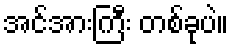
အင်အားကြီး တစ်ခုပဲ။